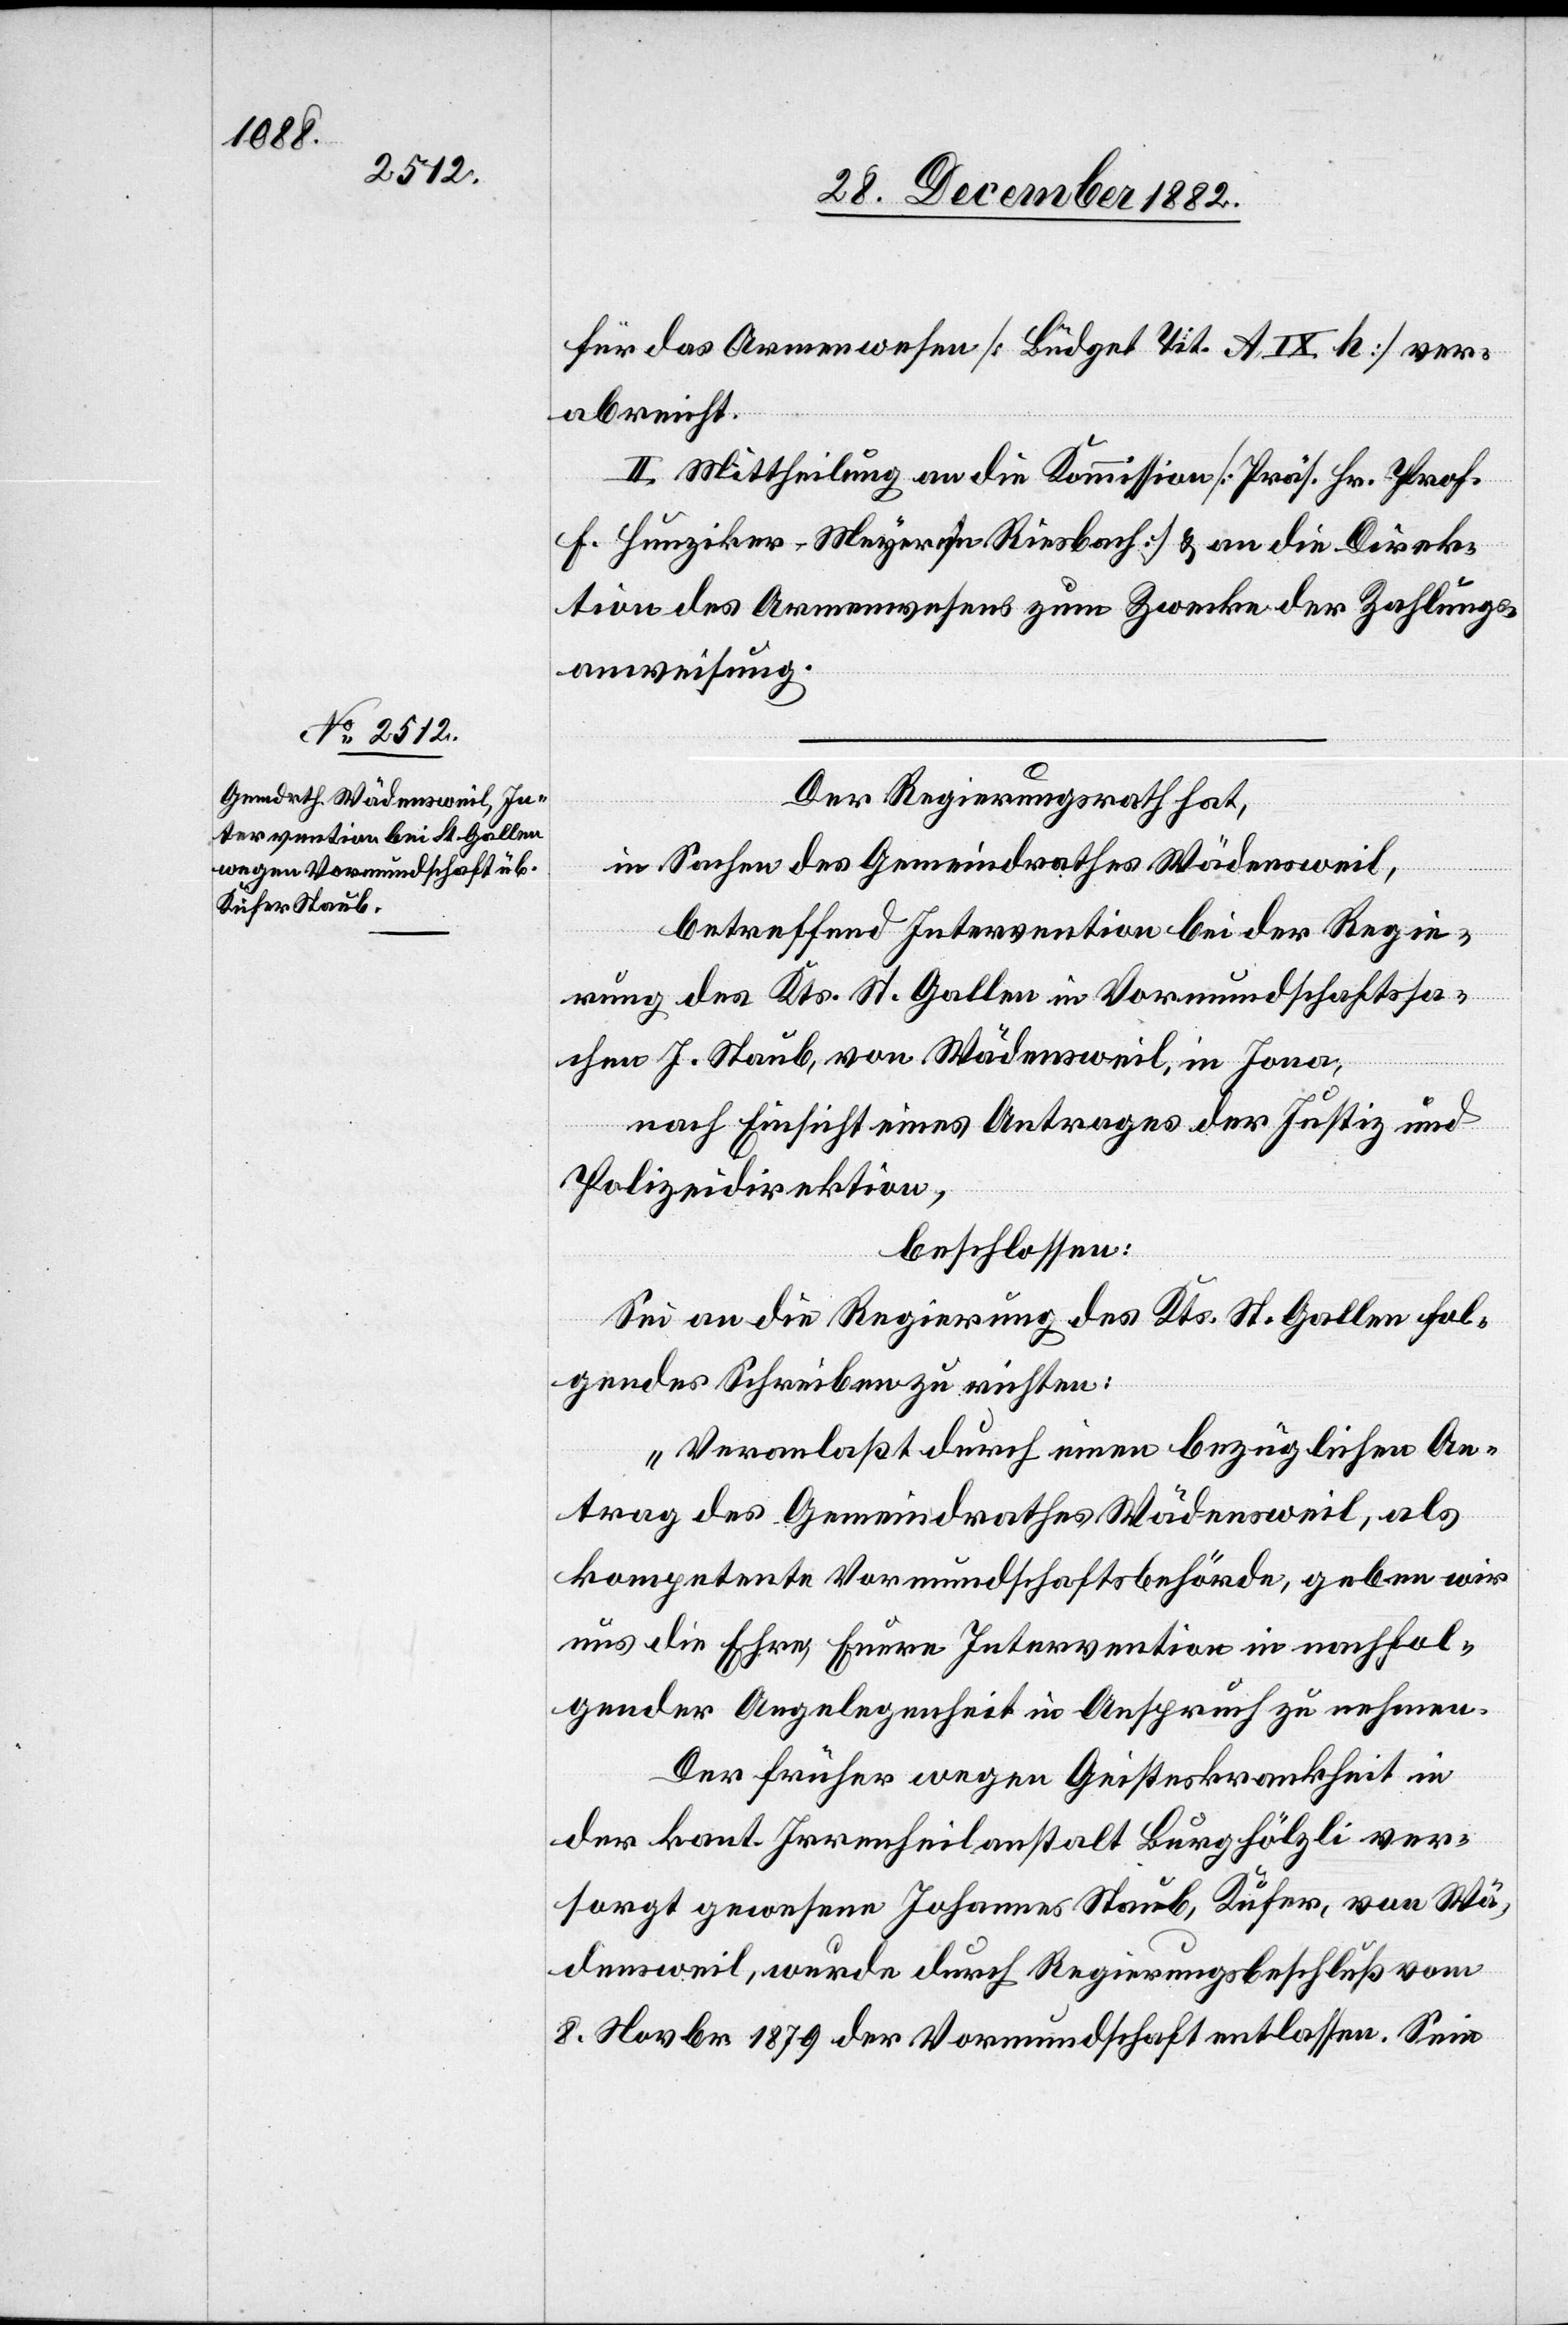
für das Armenwesen [Büdget Tit. A IX h] ver¬
abreicht.
II. Mittheilung an die Kommission [Präs. Hr. Prof.
F. Hunziker-Meyer in Riesbach] & an die Direk¬
tion des Armenwesens zum Zwecke der Zahlungs¬
anweisung.
Der Regierungsrath hat,
in Sachen des Gemeindrathes Wädensweil,
betreffend Intervention bei der Regie¬
rung des Kts. St. Gallens in Vormundschaftssa¬
chen J. Staub, von Wädensweil, in Jona,
nach Einsicht eines Antrages der Justiz- und
Polizeidirektion,
beschlossen:
Sei an die Regierung des Kts. St. Gallen fol¬
gendes Schreiben zu richten:
„Veranlaßt durch einen bezüglichen An¬
trag des Gemeindrathes Wädensweil, als
kompetente Vormundschaftsbehörde, geben wir
uns die Ehre, Euere Intervention in nachfol¬
gender Angelegenheit in Anspruch zu nehmen.
Der früher wegen Geisteskrankheit in
der kant. Irrenheilanstalt Burghölzli ver¬
sorgt gewesene Johannes Staub, Küfer, von Wä¬
densweil, wurde durch Regierungsbeschluß vom
8. Novbr 1879 der Vormundschaft entlassen. Sein